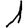
Digit: 1